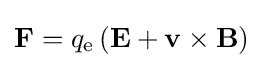
\mathbf {F} =q_{\mathrm {e} }\left(\mathbf {E} +\mathbf {v} \times \mathbf {B} \right)